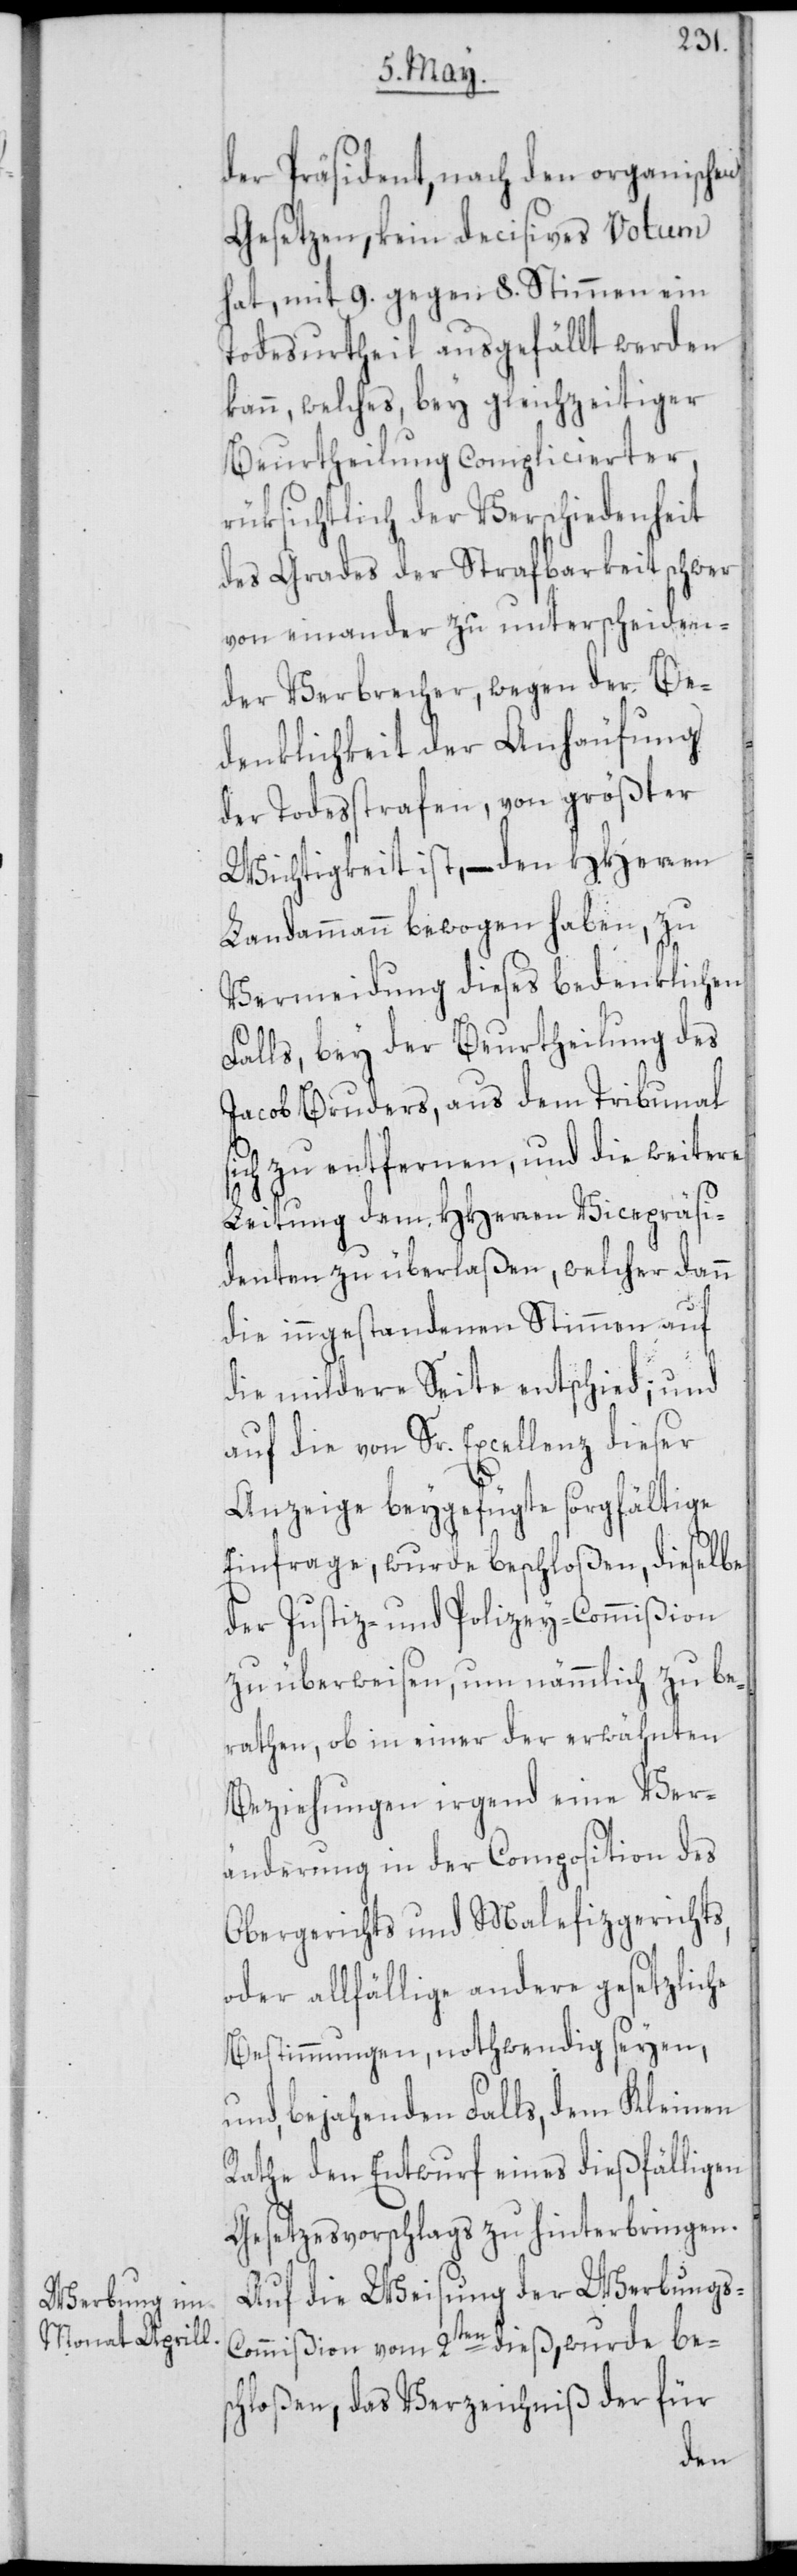
der Präsident, nach den organischen
Gesetzen, kein decisives Votum
hat, mit 9. gegen 8. Stimmen ein
Todesurtheil ausgefällt werden
kann, welches, bey gleichzeitiger
Beurtheilung complicierter,
rüksichtlich der Verschiedenheit
des Grades der Strafbarkeit schwer
von einander zu unterscheiden¬
der Verbrecher, wegen der Be¬
denklichkeit der Anhäufung
der Todesstrafen, von größter
Wichtigkeit ist, – den HHerren
Landammann bewogen haben, zu
Vermeidung dieses bedenklichen
Falls, bey der Beurtheilung des
Jacob Bruders, aus dem Tribunal
sich zu entfernen, und die weitere
Leitung dem HHerren Vicepräsi¬
denten zu überlaßen, welcher dann
die inngestandenen Stimmen auf
die mildere Seite entschied; und
auf die von Sr. Excellenz dieser
Anzeige beygefügte sorgfältige
Einfrage, wurde beschloßen, dieselbe
der Justiz- und Polizey-Commißion
zu überweisen, um nämmlich zu be¬
rathen, ob in einer der erwähnten
Beziehungen irgend eine Ver¬
änderung in der Composition des
Obergerichts und Malefizgerichts,
oder allfällige andere gesetzliche
Bestimmungen, nothwendig seyen,
und, bejahenden Falls, dem Kleinen
Rathe den Entwurf eines dießfälligen
Gesetzesvorschlags zu hinterbringen.
Auf die Weisung der Werbungs-C¬
ommißion vom 2ten dieß, wurde bes¬
chloßen, das Verzeichnis der für